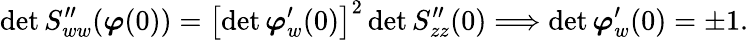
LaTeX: \operatorname*{d\mathrm{e}t}S_{ww}^{\prime\prime}({\boldsymbol{\varphi}}(0))=\left[\operatorname*{d\mathrm{e}t}{\boldsymbol{\varphi}}_{w}^{\prime}(0)\right]^{2}\operatorname*{d\mathrm{e}t}S_{zz}^{\prime\prime}(0)\Longrightarrow\operatorname*{d\mathrm{e}t}{\boldsymbol{\varphi}}_{w}^{\prime}(0)=\pm1.